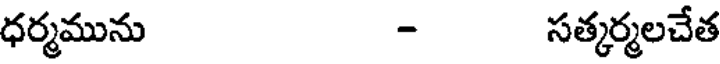
ధర్మమును - సత్కర్మలచేత